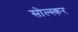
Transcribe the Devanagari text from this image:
सोल्स्कर